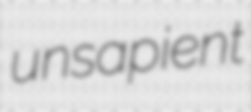
unsapient